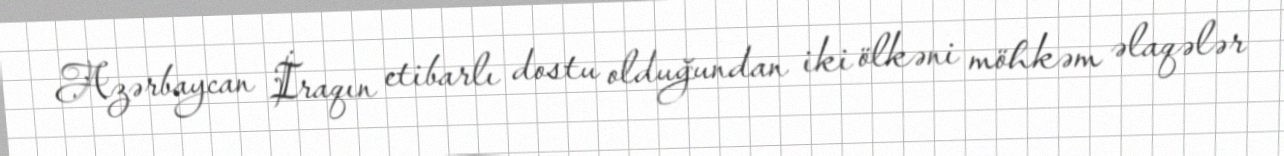
Azərbaycan İraqın etibarlı dostu olduğundan iki ölkəni möhkəm əlaqələr